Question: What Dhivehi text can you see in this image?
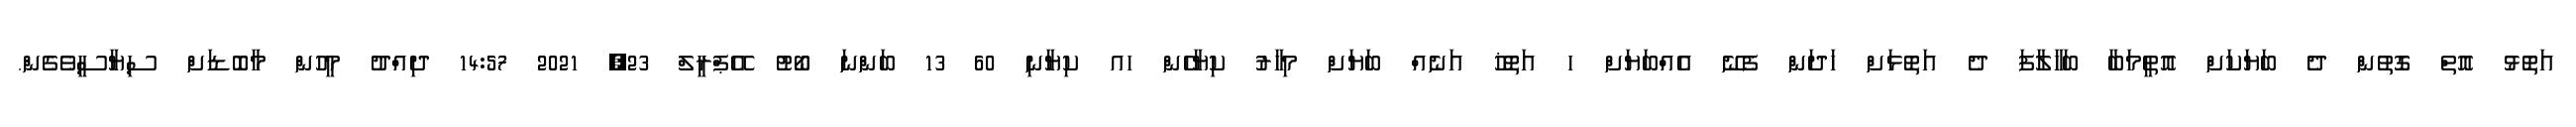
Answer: އަތޮޅު އޮތް ގޮތުން ދެ ބަޔަކަށް އޮތީމަބާ ބަހާލާފަ ދެ އަތޮޅަށް ހަދަން ފެނޭ އެއްބަޔަށް ހ އަތޮޚު އަނެއް ބަޔަށް މިހާރު ކިޔާހެން ހއ ކިޔާނި 60 13 ބަންނަ ބޯޓު އޭޕްރީލް 23, 2021 14:57 ދިއްދު މީހުން މާބޮޑަށް ސިޔާސީވެގެން.